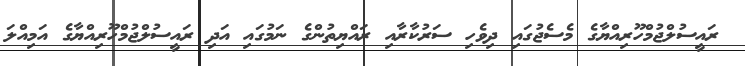
ރައީސުލްޖުމްހޫރިއްޔާގެ މެސެޖުގައި ދިވެހި ސަރުކާރާއި ރައްޔިތުންގެ ނަމުގައި އަދި ރައީސުލްޖުމްހޫރިއްޔާގެ އަމިއްލަ